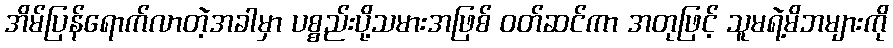
အိမ်ပြန်ရောက်လာတဲ့အခါမှာ ပစ္စည်းပို့သမားအဖြစ် ဝတ်ဆင်ကာ အတုဖြင့် သူမရဲ့မိဘများကို